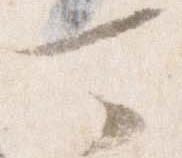
可